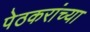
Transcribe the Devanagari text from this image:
पेठकरांच्या